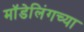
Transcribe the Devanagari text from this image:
मॉडेलिंगच्या